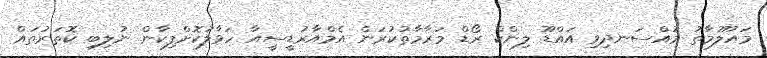
މައުލޫމާތު މުއްސަނދިވި އައްޑޫ ލިންކް ރޯޑް މަރާމާތުކުރަން އެމްއާރުޑީސީއާ ހަވާލުކޮށްފިކާން ނުލިބި ކޮތަރުތައް